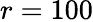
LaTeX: r=100